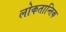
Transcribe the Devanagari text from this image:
लोकतान्तिक